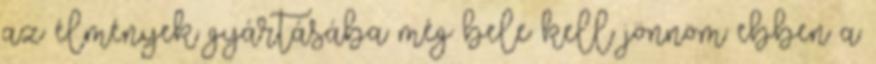
az élmények gyártásába még bele kell jönnöm ebben a